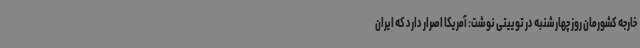
خارجه کشورمان روز چهارشنبه در توییتی نوشت: آمریکا اصرار دارد که ایران